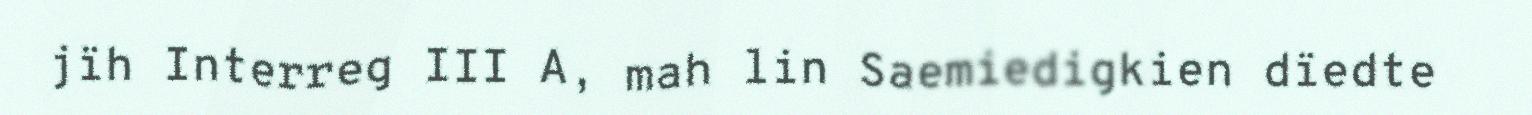
jïh Interreg III A, mah lin Saemiedigkien dïedte